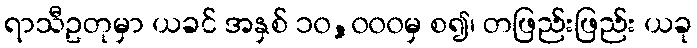
ရာသီဥတုမှာ ယခင် အနှစ် ၁၀,၀၀၀မှ စ၍၊ တဖြည်းဖြည်း ယခု